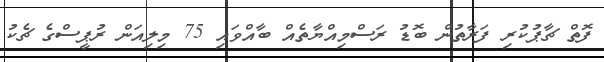
ފޮތް ޗާޕުކުރި ފަރާތުން ބޮޑު ރަސްމިއްޔާތެއް ބާއްވައި 75 މިލިއަން ރުޕީސްގެ ޗެކު